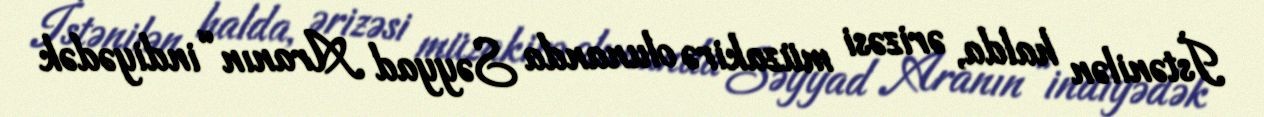
İstənilən halda, ərizəsi müzakirə olunanda Səyyad Aranın “indiyədək